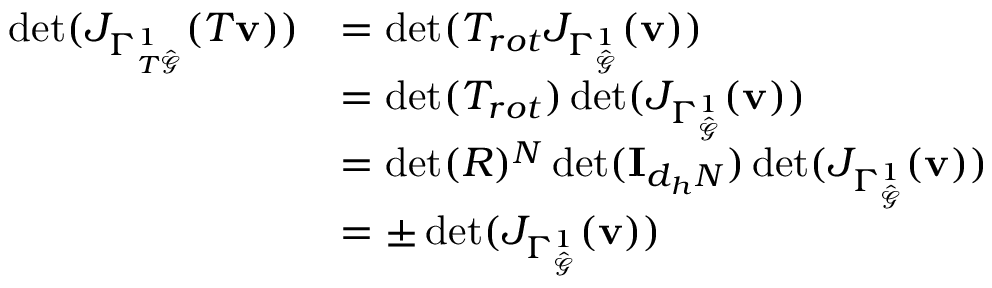
\begin{array} { r l } { \operatorname* { d e t } ( J _ { \Gamma _ { T \hat { \mathcal { G } } } ^ { 1 } } ( T \mathbf { v } ) ) } & { = \operatorname* { d e t } ( T _ { r o t } J _ { \Gamma _ { \hat { \mathcal { G } } } ^ { 1 } } ( \mathbf { v } ) ) } \\ & { = \operatorname* { d e t } ( T _ { r o t } ) \operatorname* { d e t } ( J _ { \Gamma _ { \hat { \mathcal { G } } } ^ { 1 } } ( \mathbf { v } ) ) } \\ & { = \operatorname* { d e t } ( R ) ^ { N } \operatorname* { d e t } ( \mathbf { I } _ { d _ { h } N } ) \operatorname* { d e t } ( J _ { \Gamma _ { \hat { \mathcal { G } } } ^ { 1 } } ( \mathbf { v } ) ) } \\ & { = \pm \operatorname* { d e t } ( J _ { \Gamma _ { \hat { \mathcal { G } } } ^ { 1 } } ( \mathbf { v } ) ) } \end{array}